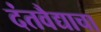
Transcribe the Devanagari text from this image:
दंतवैद्याचा